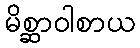
မိစ္ဆာဝါစာယ